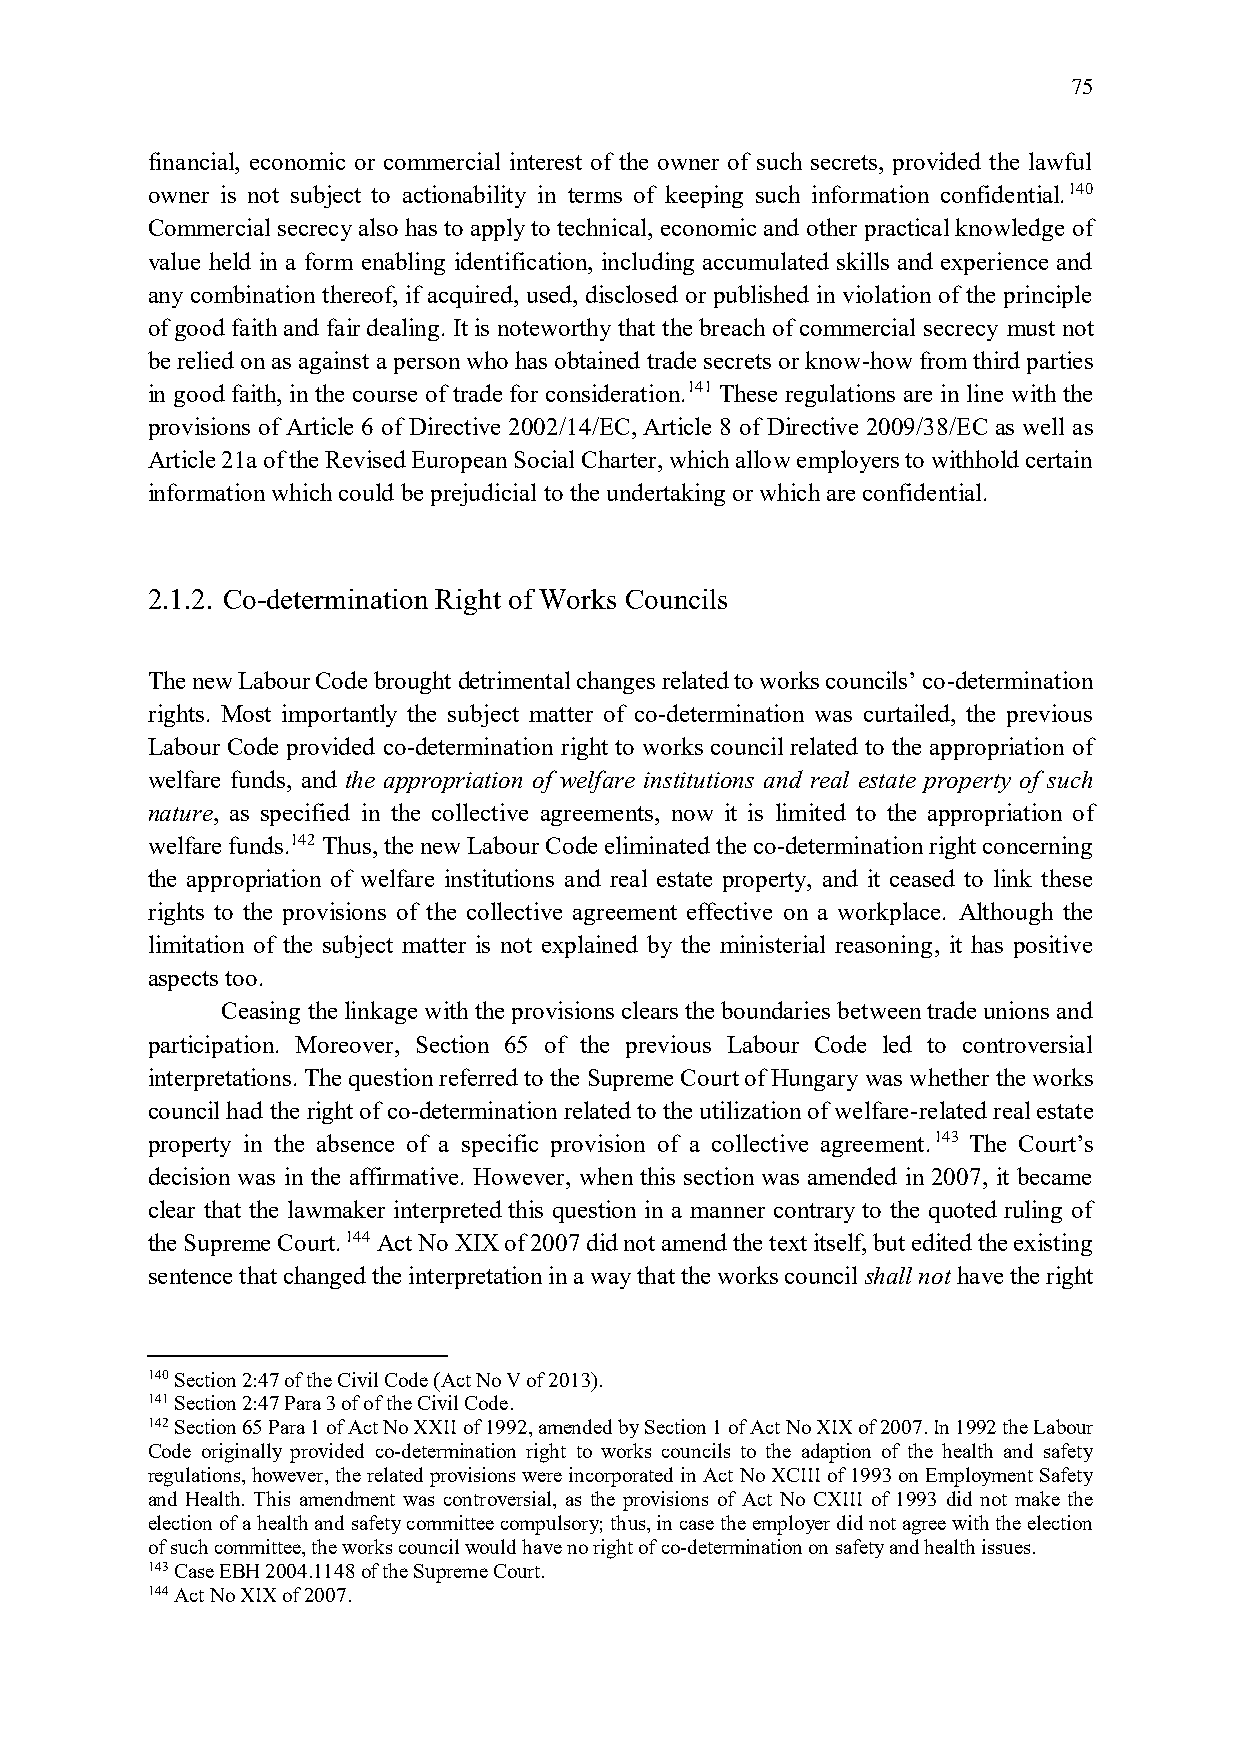
75
 financial, economic or commercial interest of the owner of such secrets, provided the lawful
 owner is not subject to actionability in terms of keeping such information confidential.140
 Commercial secrecy also has to apply to technical, economic and other practical knowledge of
 value held in a form enabling identification, including accumulated skills and experience and
 any combination thereof, if acquired, used, disclosed or published in violation of the principle
 of good faith and fair dealing. It is noteworthy that the breach of commercial secrecy must not
 be relied on as against a person who has obtained trade secrets or know-how from third parties
 in good faith, in the course of trade for consideration.141 These regulations are in line with the
 provisions of Article 6 of Directive 2002/14/EC, Article 8 of Directive 2009/38/EC as well as
 Article 21a of the Revised European Social Charter, which allow employers to withhold certain
 information which could be prejudicial to the undertaking or which are confidential.
 2.1.2. Co-determination Right of Works Councils
 The new Labour Code brought detrimental changes related to works councils’ co-determination
 rights. Most importantly the subject matter of co-determination was curtailed, the previous
 Labour Code provided co-determination right to works council related to the appropriation of
 welfare funds, and the appropriation of welfare institutions and real estate property of such
 nature, as specified in the collective agreements, now it is limited to the appropriation of
 welfare funds.142 Thus, the new Labour Code eliminated the co-determination right concerning
 the appropriation of welfare institutions and real estate property, and it ceased to link these
 rights to the provisions of the collective agreement effective on a workplace. Although the
 limitation of the subject matter is not explained by the ministerial reasoning, it has positive
 aspects too.
 Ceasing the linkage with the provisions clears the boundaries between trade unions and
 participation. Moreover, Section 65 of the previous Labour Code led to controversial
 interpretations. The question referred to the Supreme Court of Hungary was whether the works
 council had the right of co-determination related to the utilization of welfare-related real estate
 property in the absence of a specific provision of a collective agreement.143 The Court’s
 decision was in the affirmative. However, when this section was amended in 2007, it became
 clear that the lawmaker interpreted this question in a manner contrary to the quoted ruling of
 the Supreme Court. 144 Act No XIX of 2007 did not amend the text itself, but edited the existing
 sentence that changed the interpretation in a way that the works council shall not have the right
 140 Section 2:47 of the Civil Code (Act No V of 2013).
 141 Section 2:47 Para 3 of of the Civil Code.
 142 Section 65 Para 1 of Act No XXII of 1992, amended by Section 1 of Act No XIX of 2007. In 1992 the Labour
 Code originally provided co-determination right to works councils to the adaption of the health and safety
 regulations, however, the related provisions were incorporated in Act No XCIII of 1993 on Employment Safety
 and Health. This amendment was controversial, as the provisions of Act No CXIII of 1993 did not make the
 election of a health and safety committee compulsory; thus, in case the employer did not agree with the election
 of such committee, the works council would have no right of co-determination on safety and health issues.
 143 Case EBH 2004.1148 of the Supreme Court.
 144 Act No XIX of 2007.